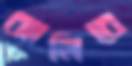
ঝালিবে